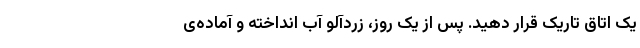
یک اتاق تاریک قرار دهید. پس از یک روز، زردآلو آب انداخته و آماده‌ی